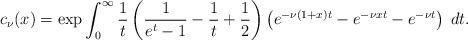
LaTeX: \begin{align*}c_\nu(x) = \exp\int_0^\infty \frac{1}{t}\left(\frac{1}{e^t-1}-\frac{1}{t}+\frac{1}{2}\right)\left(e^{-\nu(1+x)t}-e^{-\nu xt}-e^{-\nu t}\right)\;dt.\end{align*}